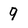
Character: 9